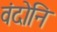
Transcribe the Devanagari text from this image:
वंदोनि